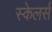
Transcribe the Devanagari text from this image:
स्केलर्स